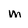
Character: m